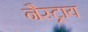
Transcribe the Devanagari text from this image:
नैस्ट्राय